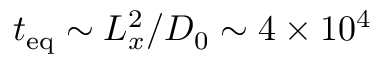
t _ { \mathrm { e q } } \sim L _ { x } ^ { 2 } / D _ { 0 } \sim 4 \times 1 0 ^ { 4 }